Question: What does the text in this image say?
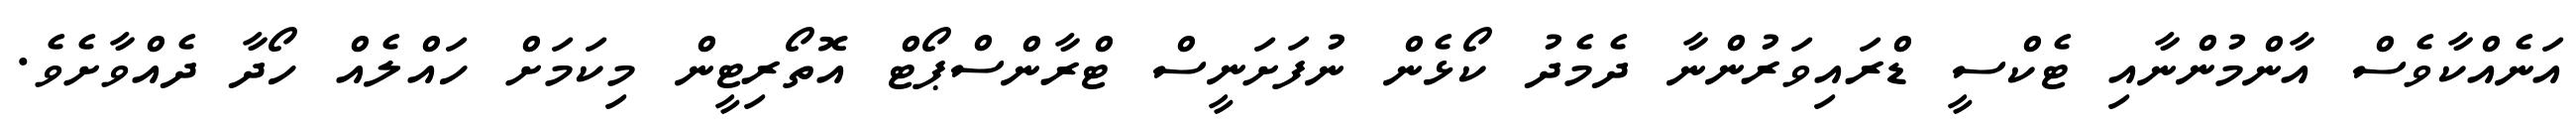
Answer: އަނެއްކާވެސް އާންމުންނާއި ޓެކްސީ ޑްރައިވަރުންނާ ދެމެދު ކޯޅެން ނުފަށަނީސް ޓްރާންސްޕޯޓް އޮތޯރިޓީން މިކަމަށް ހައްލެއް ހޯދާ ދެއްވާށެވެ.